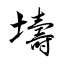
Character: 壔